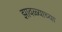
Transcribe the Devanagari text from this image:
झावळ्याच्या